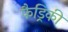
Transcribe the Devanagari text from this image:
फैड्रिकी